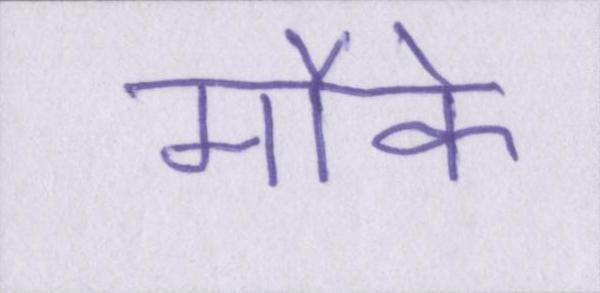
मौके